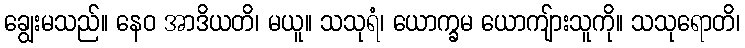
ချွေးမသည်။ နေဝ အာဒိယတိ၊ မယူ။ သသုရံ၊ ယောက္ခမ ယောကျ်ားသူကို။ သသုရောတိ၊